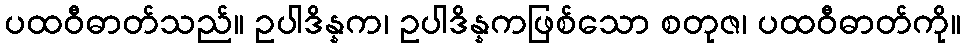
ပထဝီဓာတ်သည်။ ဥပါဒိန္နက၊ ဥပါဒိန္နကဖြစ်သော စတုဇ၊ ပထဝီဓာတ်ကို။